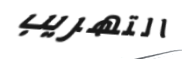
التهريب